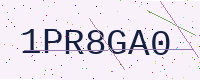
Text: 1PR8GA0